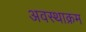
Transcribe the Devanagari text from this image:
अवस्थाक्रम